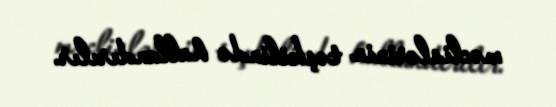
məclislərinin təşkilində hallandırılır.